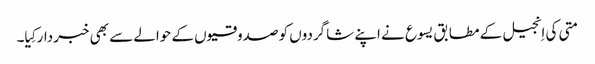
‏ متی کی اِنجیل کے مطابق یسوع نے اپنے شاگردوں کو صدوقیوں کے حوالے سے بھی خبردار کِیا۔